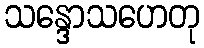
သန္ဒောသဟေတု